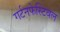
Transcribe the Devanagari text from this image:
गर्टनफेस्टिवल